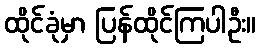
ထိုင်ခုံမှာ ပြန်ထိုင်ကြပါဦး။